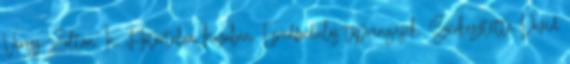
Veress Zoltán. In: Határtalan hazában. Ezredfordulós töprengések. Szerkesztette Dávid